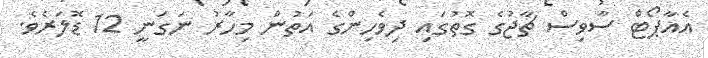
އެއާޕޯޓް ސާވިސް ޗާޖުގެ ގޮތުގައި ދިވެހިންގެ އަތުން މިހާރު ނަގަނީ 12 ޑޮލަރެވެ.